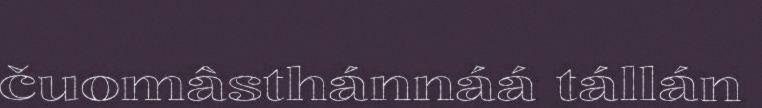
čuomâsthánnáá tállán